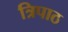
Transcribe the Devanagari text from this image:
त्रिपाठ